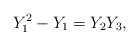
LaTeX: \begin{align*}Y_1^2-Y_1= Y_2 Y_3,\end{align*}